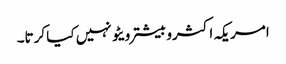
امریکہ اکثروبیشتر ویٹو نہیں کیا کرتا۔